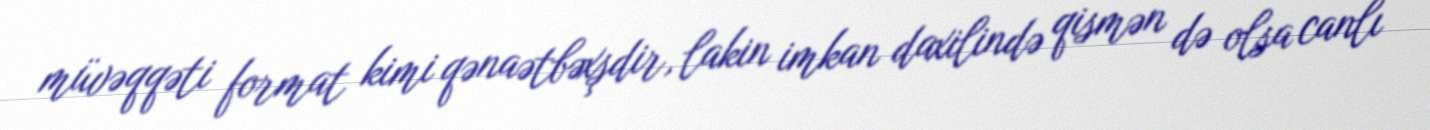
müvəqqəti format kimi qənaətbəxşdir, lakin imkan daxilində qismən də olsa canlı